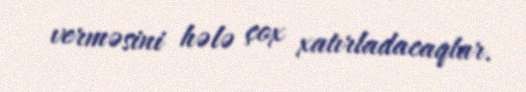
verməsini hələ çox xatırladacaqlar.